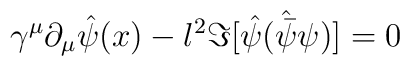
\gamma ^{\mu} \partial _{\mu} {\hat \psi (x)} - l^2\Im [{\hat \psi} ({\hat {\bar \psi}}\psi) ] = 0